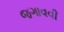
જગાવવી